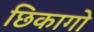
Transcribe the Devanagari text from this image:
छिकागो